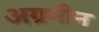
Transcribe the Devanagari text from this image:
अग्रमीन